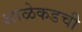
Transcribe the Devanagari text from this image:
शाळेकडची